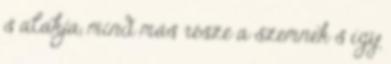
s alakja, mind más része a szemnek s így